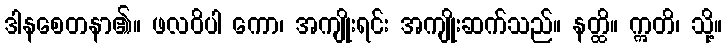
ဒါနစေတနာ၏။ ဖလဝိပါ ကော၊ အကျိုးရင်း အကျိုးဆက်သည်။ နတ္ထိ။ ဣတိ၊ သို့။